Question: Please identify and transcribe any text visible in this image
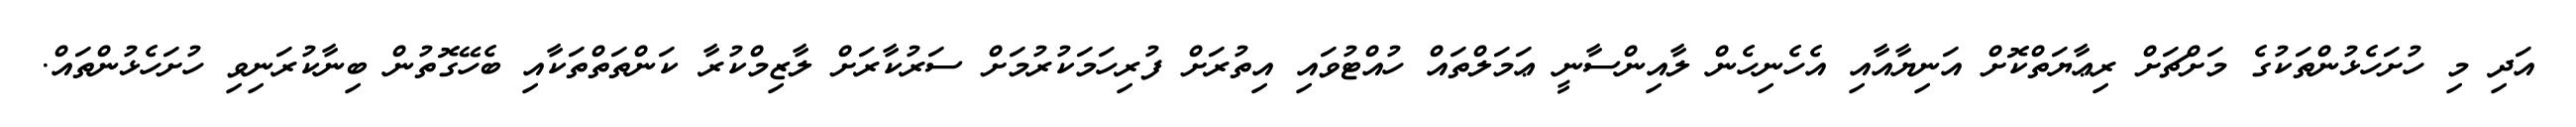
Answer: އަދި މި ހުށަހެޅުންތަކުގެ މަށްޗަށް ރިޢާޔަތްކޮށް އަނިޔާއާއި އެހެނިހެން ލާއިންސާނީ ޢަމަލްތައް ހުއްޓުވައި އިތުރަށް ފުރިހަމަކުރުމަށް ސަރުކާރަށް ލާޒިމްކުރާ ކަންތަތްތަކާއި ބެހޭގޮތުން ބިނާކުރަނިވި ހުށަހެޅުންތައް.